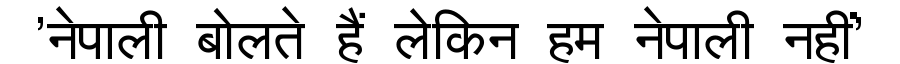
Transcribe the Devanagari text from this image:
'नेपाली बोलते हैं लेकिन हम नेपाली नहीं'